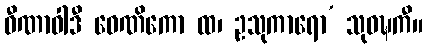
ဝီဏာဝါဒီ ဝေဏိကော ထ၊ ဥသုကာရော’ သုဝဍ္ဎကီ။